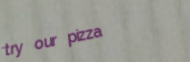
try our pizza